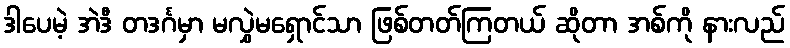
ဒါပေမဲ့ အဲဒီ တဒင်္ဂမှာ မလွှဲမရှောင်သာ ဖြစ်တတ်ကြတယ် ဆိုတာ အစ်ကို နားလည်